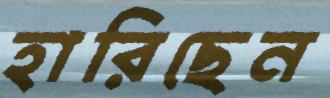
হারিছেন